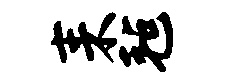
耒毡